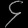
Digit: ၄